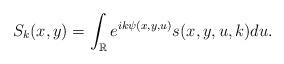
LaTeX: \begin{align*}S_k(x,y)=\int_{\mathbb{R}} e^{ik\psi(x,y,u)}s(x,y,u,k)du.\end{align*}